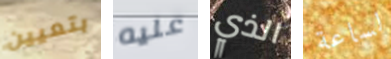
بتعيين عليه الذي لساعة